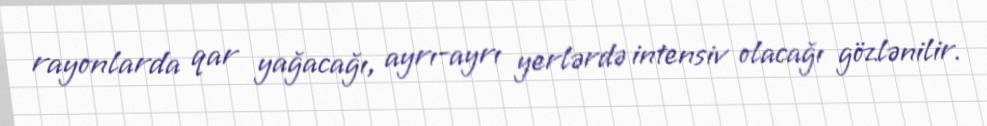
rayonlarda qar yağacağı, ayrı-ayrı yerlərdə intensiv olacağı gözlənilir.